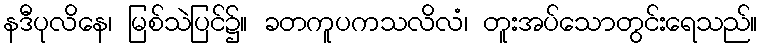
နဒီပုလိနေ၊ မြစ်သဲပြင်၌။ ခတကူပကသလိလံ၊ တူးအပ်သောတွင်းရေသည်။